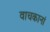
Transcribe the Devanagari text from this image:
वाचकानां